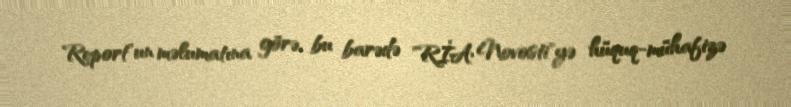
Report"un məlumatına görə, bu barədə "RİA Novosti"yə hüquq-mühafizə